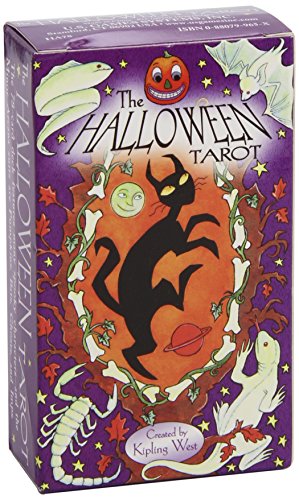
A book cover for The Halloween Tarot; Karin Lee; Humor & Entertainment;